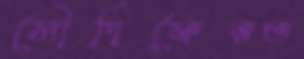
সৌদিফেরত